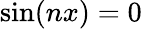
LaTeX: \sin(nx)=0